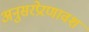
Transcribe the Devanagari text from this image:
अनुसरप्रेरणावश